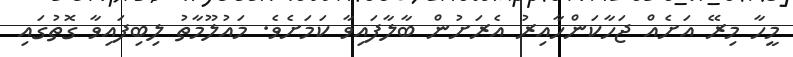
މީހާ މިރޭ އަށެއް ޖަހާކަންހާއިރު އެރަށުން ބާލާފައިވާ ކަމަށެވެ. މައުލޫމާތު ލިބިފައިވާ ގޮތުގައި